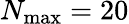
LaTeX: N_{\mathrm{max}}=20